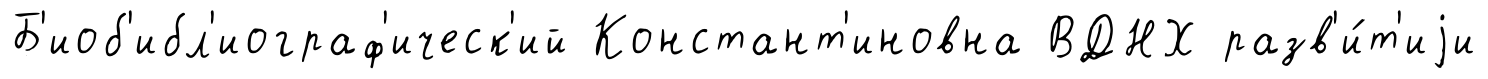
Б'иоб'ибл'иограф'ическ'ий Констант'иновна ВДНХ разв'и́т'иjи